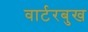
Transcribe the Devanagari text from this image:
वार्टरबुख